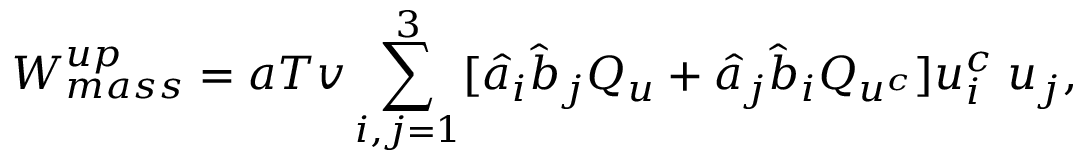
W _ { m a s s } ^ { u p } = a T v \sum _ { i , j = 1 } ^ { 3 } [ \hat { a } _ { i } \hat { b } _ { j } Q _ { u } + \hat { a } _ { j } \hat { b } _ { i } Q _ { u ^ { c } } ] u _ { i } ^ { c } \; u _ { j } ,